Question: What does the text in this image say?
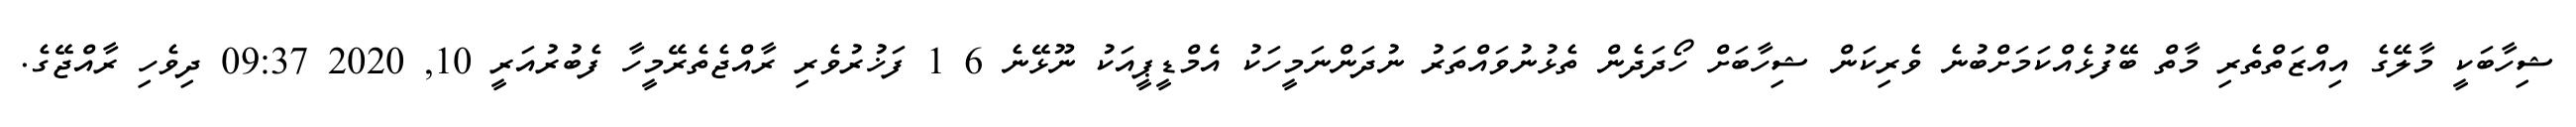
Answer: ޝިހާބަކީ މާލޭގެ އިއްޒަތްތެރި މާތް ބޭފުޅެއްކަމަށްބުނެ ވެރިކަން ޝިހާބަށް ހޯދަދެން ތެޅުނުވައްތަރު ނުދަންނަމީހަކު އެމްޑީޕީއަކު ނޫޅޭނެ 6 1 ފަޚުރުވެރި ރާއްޖެތެރޭމީހާ ފެބުރުއަރީ 10, 2020 09:37 ދިވެހި ރާއްޖޭގެ.